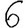
Digit: 6